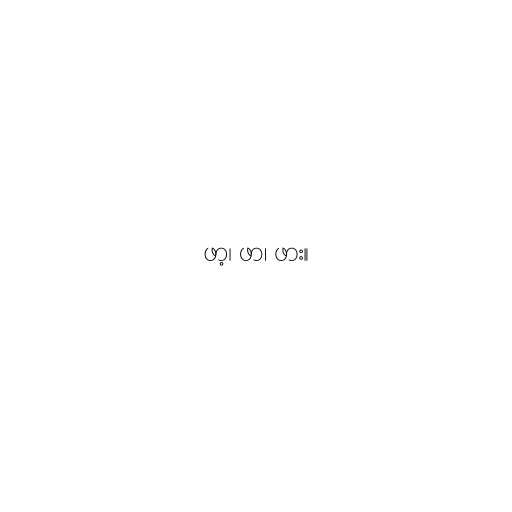
ဖာ့၊ ဖာ၊ ဖား။